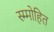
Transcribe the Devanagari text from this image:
स्म्मोहित